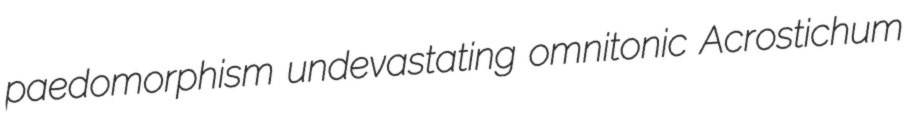
paedomorphism undevastating omnitonic Acrostichum